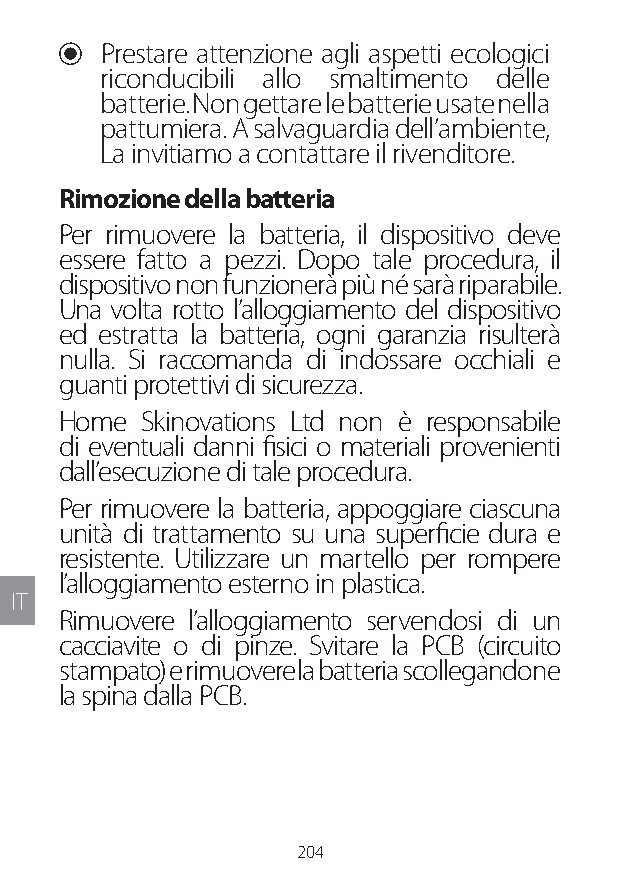
U Prestare attenzione agli aspetti ecologici
 riconducibili allo smaltimento delle
 batterie. Non gettare le batterie usate nella
 pattumiera. A salvaguardia dell’ambiente,
 La invitiamo a contattare il rivenditore.
 Rimozione della batteria
 Per rimuovere la batteria, il dispositivo deve
 essere fatto a pezzi. Dopo tale procedura, il
 dispositivo non funzionerà più né sarà riparabile.
 Una volta rotto l’alloggiamento del dispositivo
 ed estratta la batteria, ogni garanzia risulterà
 nulla. Si raccomanda di indossare occhiali e
 guanti protettivi di sicurezza.
 Home Skinovations Ltd non è responsabile
 di eventuali danni fisici o materiali provenienti
 dall’esecuzione di tale procedura.
 Per rimuovere la batteria, appoggiare ciascuna
 unità di trattamento su una superficie dura e
 resistente. Utilizzare un martello per rompere
 l’alloggiamento esterno in plastica.
 IT
 Rimuovere l’alloggiamento servendosi di un
 cacciavite o di pinze. Svitare la PCB (circuito
 stampato) e rimuovere la batteria scollegandone
 la spina dalla PCB.
 204
 Lipo UM EU124 3545B inside ALL EU124 ED296-24 release.indd 204 14/08/2018 10:57:45